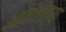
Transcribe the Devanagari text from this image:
आलेलेल्या